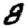
Digit: 8